Report on vaccination in the Province of Bengal - 1874-1889
Year: 1874
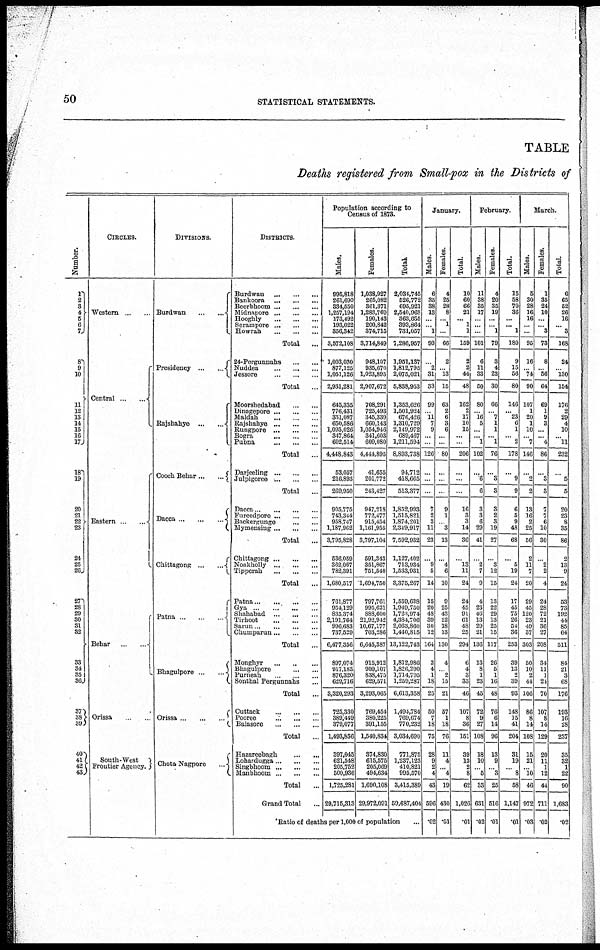
50
STATISTICAL STATEMENTS.
TABLE
Deaths registered from Small-pox in the Districts of
Number.
1
2
3
4
5 6 7
8
9
10
11
12
13
14
15
16
17
18
19
20
21
22
23
24
25
26
27
28
29
30
31
32
33
34
35
36
37
38 39
40
41
42
43
CIRCLES.
Western ... ...
Central...
...
Eastern
...
...
Behar ...
Orissa
South-West
Frontier Agency.
DIVISIONS.
Burdwan
...
...
Presidency ...
...
Rajshahye
...
...
Cooch
Behar...
...
Dacca
...
...
Chittagong
...
...
Patna
...
...
Bhagulpore...
...
Orissa...
...
...
Chota Nagpore
...
DISTRICTS.
Burdwan ... ... ...
Bankoora ... ... ...
Beerbhoom
...
...
...
Midnapore...
...
...
Hooghly
...
...
...
Serampore...
...
...
Howrah
...
...
...
Total ...
24-Pergunnahs
...
...
Nuddea
...
...
...
Jessore
...
...
...
Total ...
Moorshedabad ... ...
Dmagepore ... ... ...
Maldah
...
...
...
Rajshahye
...
...
...
Rungpore ... ... ...
Bogra
...
...
...
Pubna
...
...
...
Total ...
Darjeeling
...
...
...
Julpigoree
...
...
...
Total
...
Dacca
...
...
...
...
Pureedpore ... ... ...
Backergunge
...
...
Mymensmg
...
...
...
Total
...
Chittagong
...
...
...
Noakholly
...
...
...
Tipperah
...
...
...
Total ...
Patna
...
...
...
...
Gya ... ... ... ...
Shahabad
...
...
...
Tirhoot
...
...
...
Sarun
...
...
...
...
Chumparun
...
...
...
Total
...
Monghyr
...
...
Bhagulpore
...
...
Purneah
...
...
...
Sonthal Pergunnahs ...
Total ...
Cuttack
...
...
...
Pooree
...
...
...
Balasore
...
...
...
Total
...
Hazareebagh
...
...
Lohardugga
...
...
...
Singbhoom
...
...
...
Manbhoom
...
...
...
Total ...
Grand Total ...
Population according to
Census of 1873.
Males.
995,818
261,690
334,650
1,257,194
173,492
193,022
356,342
3,572,108
1,003,030
877,125
1,051,126
2,931,281
645,335
776,431
331,087
650,586
1,095,026
347,864
602,514
4,448,843
53,057
216,893
269,950
905,775
743,344
958,747
1,187,962
3,795,828
536,059
362,067
782,391
1,680,517
761,877
954,129
835,374
2,191,764
996,683
737,529
6,477,356
897,074
917,183
876,320
629,716
3,320,293
725,330
389,449
379,077
1,493,856
397,045
621,548
205,752
500,936
1,725,281
29,715,313
Females.
1,038,927
265,082
361,371
1,283,769
190,143
200,842
374,715
3,714,849
948,107
935,670
1,023,895
2,907,672
708,291
725,493
345,339
660,143
1,054,946
341,603
609,080
4,444,895
41,655
201,772
243,427
947,218
772,477
915,454
1,161,955
3,797,104
591,343
351,867
751,540
1,694,750
797,761
995,621
888,600
21,92,942
10,67,177
703,286
6,645,387
915,912
909,107
838,475
629,571
3,293,065
769,454
380,225
391,155
1,540,834
374,830
615,575
205,069
494,634
1,690,108
29,972,091
Total.
2,034,745
526,772
695,921
2,540,968
363,635
393,864
731,057
7,286,957
1,951,137
1,812,795
2,075,021
5,838,953
1,353,626
1,501,924
676,426
1,310,729
2,149,972
689,467
1,211,594
8,893,738
94,712
418,665
513,377
1,852,993
1,515,821
1,874,201
2,349,917
7,592,932
1,127,402
713,934
1,533,931
3,375,267
1,559,638
1,949,750
1,723,974
4,384,706
2,063,860
1,440,815
13,122,743
1,812,986
1,826,290
1,714,795
1,259,287
6,613,358
1,494,784
769,674
770,232
3,034,690
771,875
1,237,123
410,821
995,570
3,415,389
59,687,404
Ratio of deaths per 1,000 of population ...
January.
Males.
6
35
38
13
...
...
1
93
...
2
31
33
99
...
11
7
9
...
...
126
...
...
...
7
2
3
11
23
...
9
5
14
15
20
48
39
30
12
164
2
4
1
18
25
50
7
18
75
28
9
2
4
43
596
.02
Females.
4
25
28
8
...
1
...
66
2
...
13
15
63
2
6
3
6
...
...
80
...
...
...
9
1
...
3
13
...
4
6
10
9
25
43
22
18
13
130
4
...
2
15
21
57
1
18
76
11
4
...
4
19
430
.01
Total.
10
60
66
21
...
1
1
159
2
2
44
48
162
2
17
10
15
...
...
206
...
...
...
16
3
3
14
36
...
13
11
24
24
45
91
61
48
25
294
6
4
3
33
46
107
8
36
151
39
13
2
8
62
1,026
.01
February.
Males.
11
38
35
17
...
...
...
101
6
11
33
50
80
...
16
5
...
... 1
102
...
6
6
3
3
6
29
41
...
2
7
9
4
23
46
13
29
21
136
13
8
1
23
45
72
9
27
108
18
10
...
5
33
631
.02
Females.
4
20
35
19
...
...
1
79
3
4
23
30
66
...
7
1
1
...
1
76
...
3
3
3
2
3
19
27
...
3
12
15
13
22
29
13
25
15
117
26
5
1
16
48
70
6
14
96
13
9
...
3
25
516
.01
Total.
15
58
70
36
...
...
1
180
9
15
56
80
146
...
23
6
1
...
2
178
...
9
9
6
5
9
48
68
...
5
19
24
17
45
75
26
54
36
253
39
13
... 39
93
148
15
41
204
31
19
...
8
58
1,147
.01
March.
Males.
5
30
28
16
16
...
...
95
16
...
74
90
107
1
20
1
10
...
7
146
...
2
2
13
16
2
25
56
2
11
7
20
29
45
120
23
49
37
303
50
10
2
44
106
86
8
14
108
15
21
...
10
46
972
.03
Females.
1
35
24
10
...
...
3
73
8
...
56
64
69
1
9
3
...
... 4
86
...
3
3
7
7
6
10
30
...
2
2
4
24
28
72
21
36
27
208
34
11
1
24
70
107
8
14
129
20
11
1
12
44
711
.02
Total.
6
65
52
26
16
...
3
168
24
...
130
154
176
2
29
4
10
...
11
232
...
5
5
20
23
8
35
86
2
13
9
24
53
73
192
44
85
64
511
84
21
3
68
176
193
16
28
237
35
32
1
22
90
1,683
.02